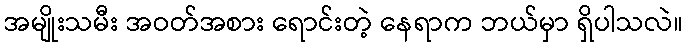
အမျိုးသမီး အဝတ်အစား ရောင်းတဲ့ နေရာက ဘယ်မှာ ရှိပါသလဲ။